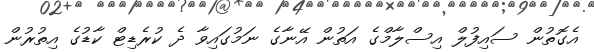
އެގޮތުން ސައިފުލް އިސްލާމްގެ އަތުން އޭނާގެ ނަމުގައިވާ ދެ ކުރެޑިޓް ކާޑުގެ އިތުރުން